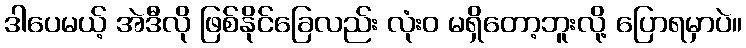
ဒါပေမယ့် အဲဒီလို ဖြစ်နိုင်ခြေလည်း လုံးဝ မရှိတော့ဘူးလို့ ပြောရမှာပဲ။